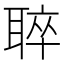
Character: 𦖒